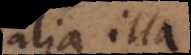
alia illa